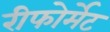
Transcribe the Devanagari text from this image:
रीफोर्मेट